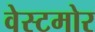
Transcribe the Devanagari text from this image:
वेस्टमोर